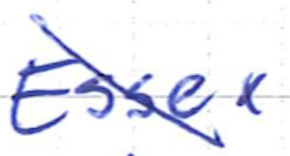
Text: Essex
Cross-out: diagonal
Writing tool: ballpoint